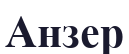
Анзер